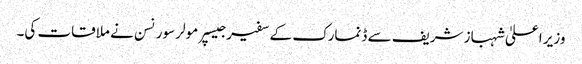
وزیر اعلیٰ شہباز شریف سے ڈنمارک کے سفیر جیسپر مولر سورنسن نے ملاقات کی۔